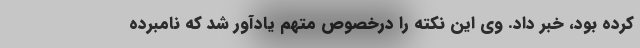
کرده بود، خبر داد. وی این نکته را درخصوص متهم یادآور شد که نامبرده